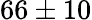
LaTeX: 66\pm 10